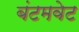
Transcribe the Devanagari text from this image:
बंटमवेट